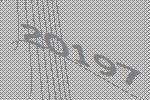
20197